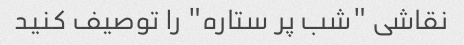
نقاشی "شب پر ستاره" را توصیف کنید